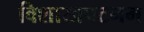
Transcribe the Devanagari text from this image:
विशाखपटनम